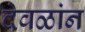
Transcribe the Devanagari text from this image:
देवळांन